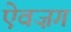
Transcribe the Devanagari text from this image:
ऐवज़ग